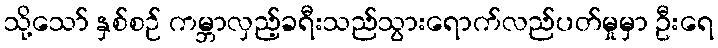
သို့သော် နှစ်စဉ် ကမ္ဘာလှည့်ခရီးသည်သွားရောက်လည်ပတ်မှုမှာ ဦးရေ